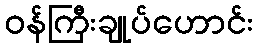
ဝန်ကြီးချုပ်ဟောင်း